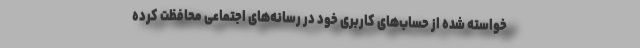
خواسته شده از حساب‌های کاربری خود در رسانه‌های اجتماعی محافظت کرده